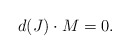
\begin{align*}d(J)\cdot M = 0.\end{align*}